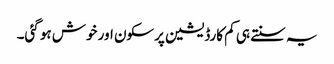
یہ سنتے ہی کم کارڈیشین پرسکون اور خوش ہو گئی۔